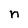
Character: n